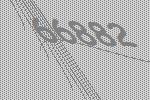
66882